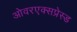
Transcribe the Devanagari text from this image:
ओवरएक्सप्रेस्ड